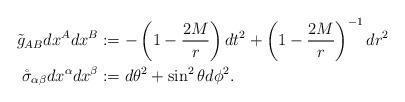
LaTeX: \begin{align*}\tilde{g}_{AB}dx^Adx^B&:=-\left(1-\frac{2M}{r} \right)dt^2+\left(1-\frac{2M}{r}\right)^{-1}dr^2\\\mathring{\sigma}_{\alpha\beta}dx^\alpha dx^\beta&:=d\theta^2+\sin^2\theta d\phi^2.\end{align*}